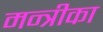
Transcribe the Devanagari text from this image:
मन्त्रीका